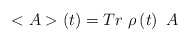
\begin{align*}<A>\left( t\right) =Tr\ \rho \left( t\right) \ A\end{align*}